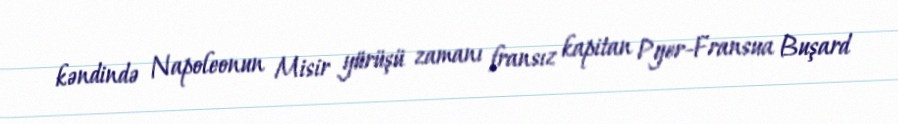
kəndində Napoleonun Misir yürüşü zamanı fransız kapitan Pyer-Fransua Buşard